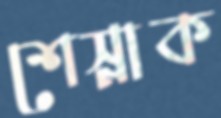
শেস্নাক